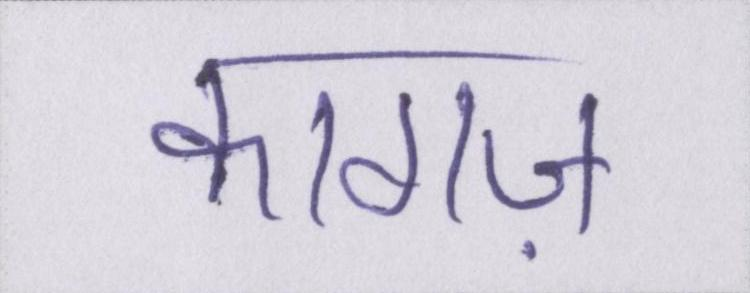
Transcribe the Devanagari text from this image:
कागज़